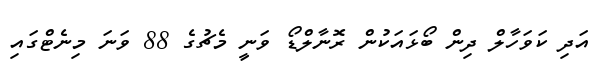
އަދި ކަވަހާލް ދިން ބޯޅައަކުން ރޮނާލްޑޯ ވަނީ މެޗުގެ 88 ވަނަ މިނެޓްގައި